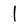
Character: 1